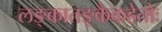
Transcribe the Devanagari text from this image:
लङ्कातङ्कैकहेतोः